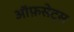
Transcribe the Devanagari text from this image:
ऑफ़सेट्स